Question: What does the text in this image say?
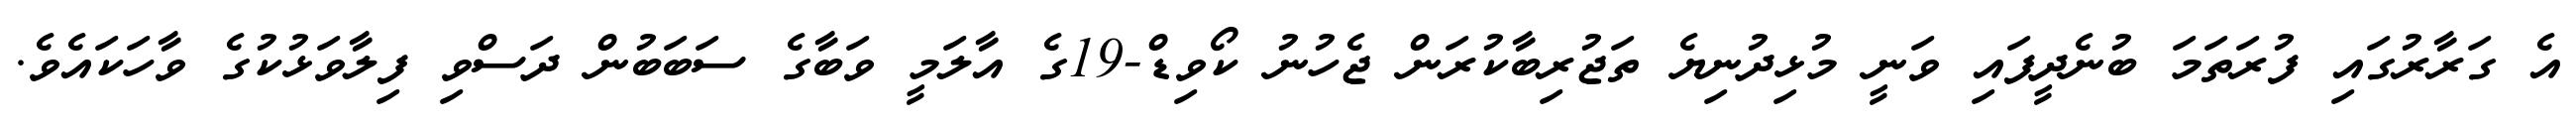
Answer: އެ ގަރާރުގައި ފުރަތަމަ ބުނެދީފައި ވަނީ މުޅިދުނިޔެ ތަޖުރިބާކުރަން ޖެހުނު ކޯވިޑް-19ގެ އާލަމީ ވަބާގެ ސަބަބުން ދަސްވި ފިލާވަޅުކުގެ ވާހަކައެވެ.